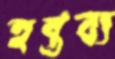
হন্তব্য